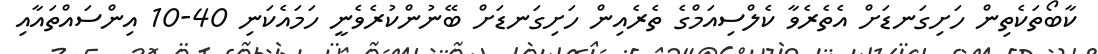
ކާބޯތަކެތިން ހަށިގަނޑަށް އެތެރެވާ ކެލްސިއަމްގެ ތެރެއިން ހަށިގަނޑަށް ބޭނުންކުރެވެނީ ހަމައެކަނި 40-10 އިންސައްތައާއި